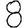
Digit: 8